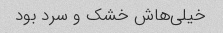
خیلی‌هاش خشک و سرد بود